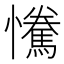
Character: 𢥂